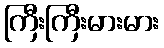
ကြီးကြီးမားမား